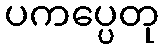
ပကပ္ပေတု